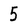
Character: 5